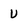
Character: U